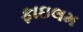
ફાઇલમ